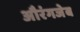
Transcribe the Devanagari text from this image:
अौरंगजेब